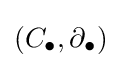
(C_{\bullet },\partial _{\bullet })